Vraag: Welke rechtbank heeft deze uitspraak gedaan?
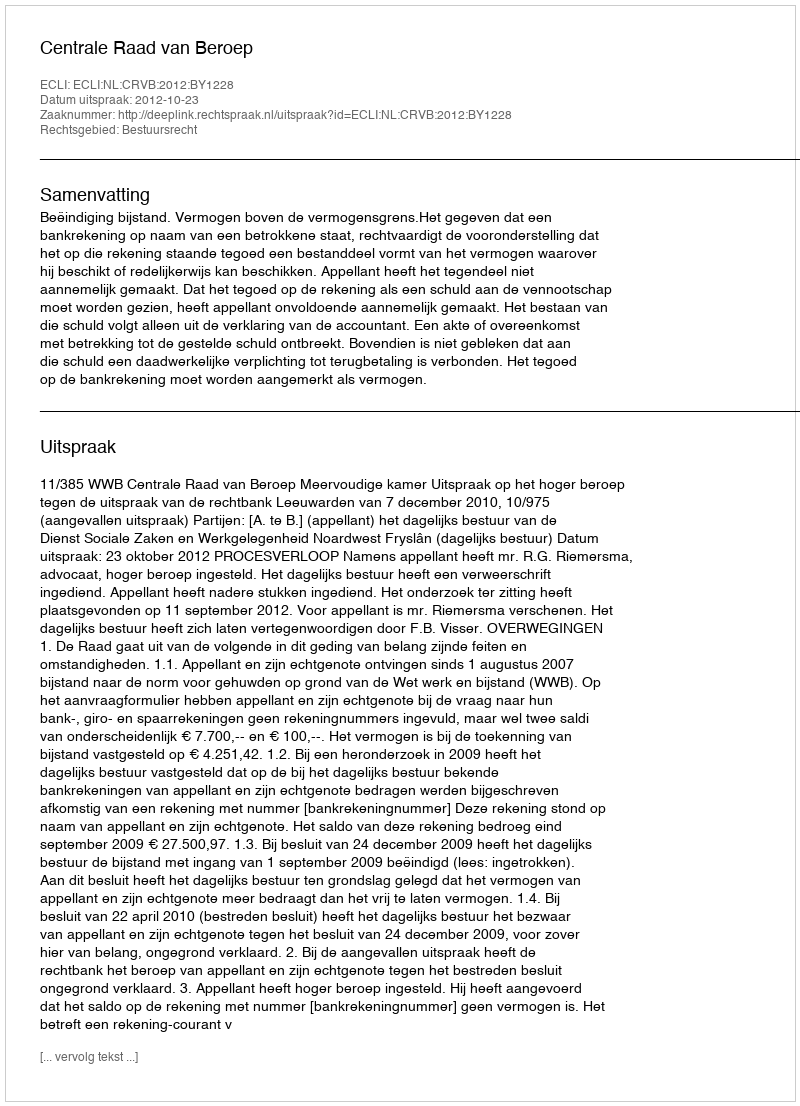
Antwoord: Centrale Raad van Beroep